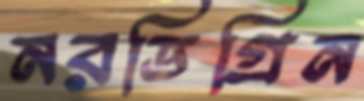
নরডিগ্রিন